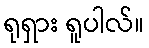
ရုရှား ရူပါလ်။